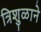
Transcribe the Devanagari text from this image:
त्रिशुळाने